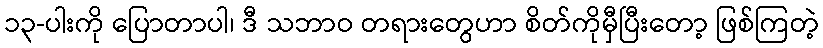
၁၃-ပါးကို ပြောတာပါ၊ ဒီ သဘာဝ တရားတွေဟာ စိတ်ကိုမှီပြီးတော့ ဖြစ်ကြတဲ့